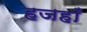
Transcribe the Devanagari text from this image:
हजहाँ